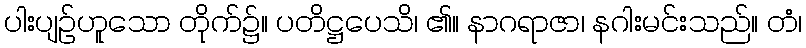
ပါးပျဉ်ဟူသော တိုက်၌။ ပတိဋ္ဌပေသိ၊ ၏။ နာဂရာဇာ၊ နဂါးမင်းသည်။ တံ၊